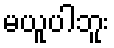
မယူပါဘူး